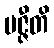
မဇ္ဇီတိ